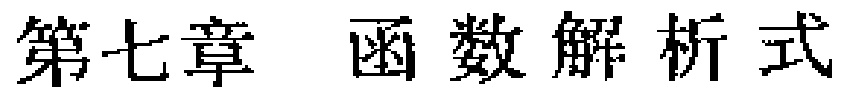
第七章 函数解析式